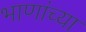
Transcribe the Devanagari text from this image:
भाणांच्या